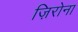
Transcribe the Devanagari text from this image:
ज़िरोना